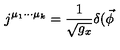
j ^ { \mu _ { 1 } \cdot \cdot \cdot \mu _ { k } } = \frac 1 { \sqrt { g _ { x } } } \delta ( \vec { \phi }